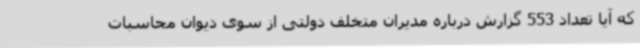
که آیا تعداد 553 گزارش درباره مدیران متخلف دولتی از سوی دیوان محاسبات